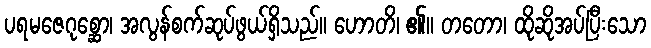
ပရမဇေဂုစ္ဆော၊ အလွန်စက်ဆုပ်ဖွယ်ရှိသည်။ ဟောတိ၊ ၏။ တတော၊ ထိုဆိုအပ်ပြီးသော